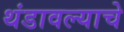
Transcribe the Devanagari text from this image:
थंडावल्याचे